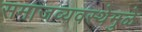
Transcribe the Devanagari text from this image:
समाजव्यवस्थेमुळे